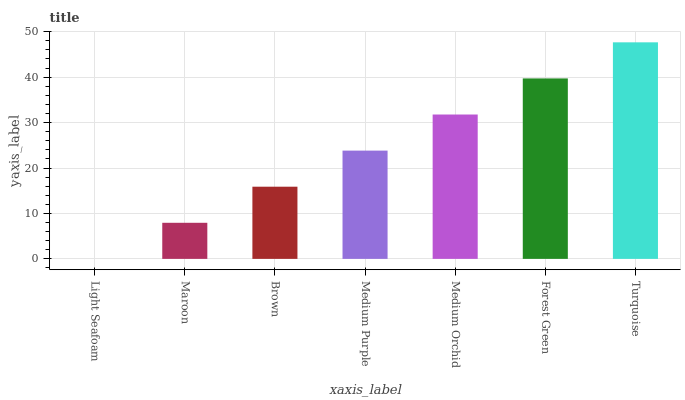
| xaxis_label | bars |
 | --- | --- |
 | Light Seafoam | 0 |
 | Maroon | 7.94 |
 | Brown | 15.9 |
 | Medium Purple | 23.8 |
 | Medium Orchid | 31.8 |
 | Forest Green | 39.7 |
 | Turquoise | 47.7 |